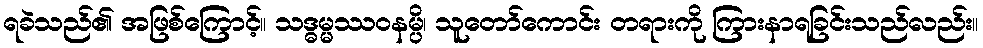
ရခဲသည်၏ အဖြစ်ကြောင့်။ သဒ္ဓမ္မဿဝနမ္ပိ၊ သူတော်ကောင်း တရားကို ကြားနာရခြင်းသည်လည်း။